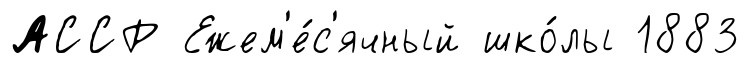
АССР Ежем'е́с'ячный шко́лы 1883